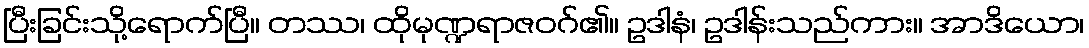
ပြီးခြင်းသို့ရောက်ပြီ။ တဿ၊ ထိုမုဏ္ဍရာဇဝဂ်၏။ ဥဒါနံ၊ ဥဒါန်းသည်ကား။ အာဒိယော၊